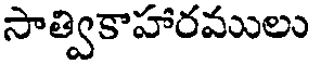
సాత్వికాహారములు